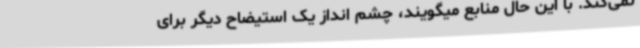
نمی‌کند. با این حال منابع میگویند، چشم انداز یک استیضاح دیگر برای